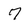
Character: 7